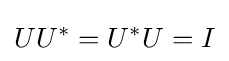
UU^{*}=U^{*}U=I